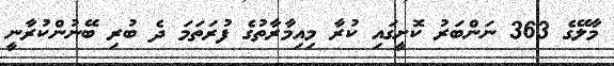
މާލޭގެ 363 ނަންބަރު ކޮށީގައި ކުރާ މިއިމާރާތުގެ ފުރަތަމަ ދެ ބުރި ބޭނުންކުރާނީ